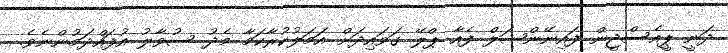
ދަނީ ޕީއެސްޖީން ފައިނޭންޝަލް ފެއާ ޕްލޭ ގަވައިދަށް އަމަލުކުރާކަމާ މެދު ސުވާލު އުފައްދަމުންނެވެ.